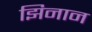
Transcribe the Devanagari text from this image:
झिनान